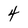
Character: 4